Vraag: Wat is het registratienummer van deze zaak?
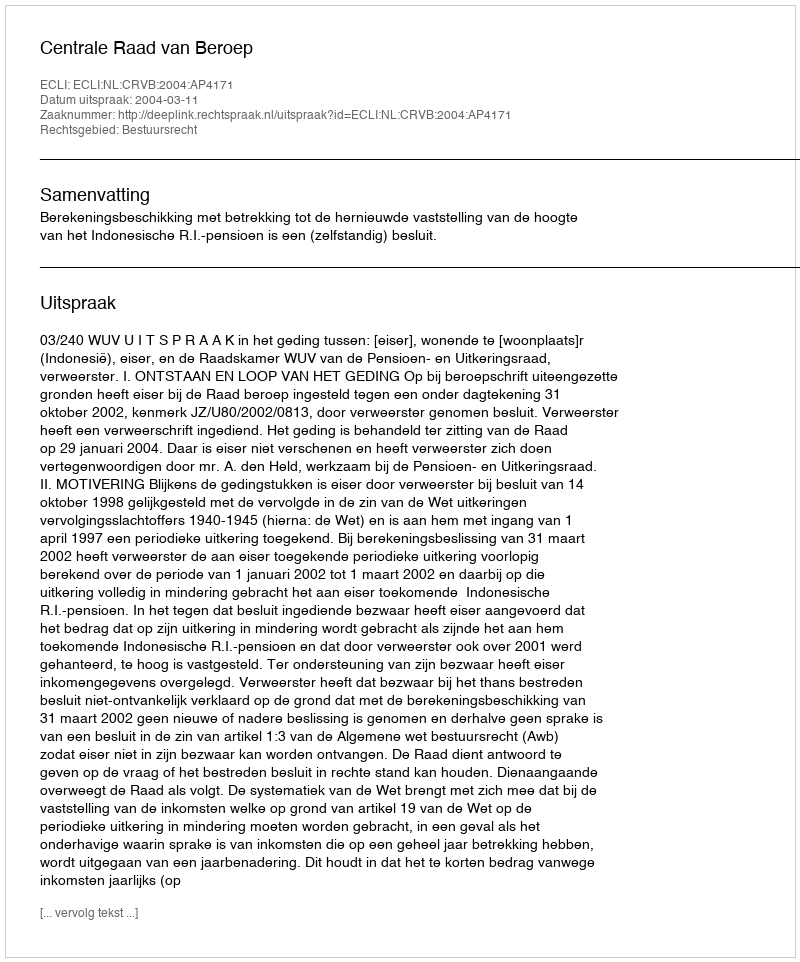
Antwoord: http://deeplink.rechtspraak.nl/uitspraak?id=ECLI:NL:CRVB:2004:AP4171